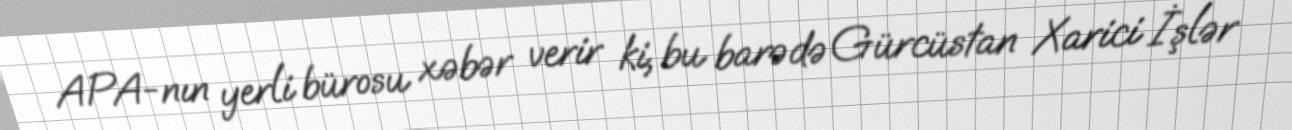
APA-nın yerli bürosu xəbər verir ki, bu barədə Gürcüstan Xarici İşlər